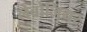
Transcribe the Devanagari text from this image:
लेवोजियर